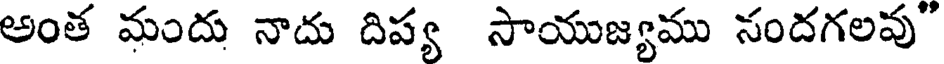
అంత మందు నాదు దిప్య సాయుజ్యము సందగలవు"